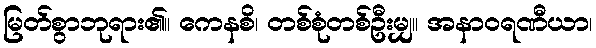
မြတ်စွာဘုရား၏။ ကေနစိ၊ တစ်စုံတစ်ဦးမျှ။ အနာဝရဏီယာ၊